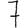
Digit: 7